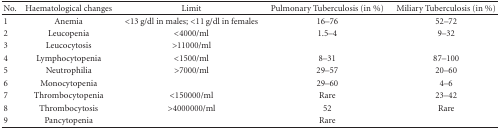
<table><thead><tr><td><b>No.</b></td><td><b>Haematological changes</b></td><td><b>Limit</b></td><td><b>Pulmonary Tuberculosis (in %)</b></td><td><b>Miliary Tuberculosis (in %)</b></td></tr></thead><tbody><tr><td>1</td><td>Anemia</td><td>&lt;13 g/dl in males; &lt;11 g/dl in females</td><td>16–76</td><td>52–72</td></tr><tr><td>2</td><td>Leucopenia</td><td>&lt;4000/ml</td><td>1.5–4</td><td>9–32</td></tr><tr><td>3</td><td>Leucocytosis</td><td>&gt;11000/ml</td><td></td><td></td></tr><tr><td>4</td><td>Lymphocytopenia</td><td>&lt;1500/ml</td><td>8–31</td><td>87–100</td></tr><tr><td>5</td><td>Neutrophilia</td><td>&gt;7000/ml</td><td>29–57</td><td>20–60</td></tr><tr><td>6</td><td>Monocytopenia</td><td></td><td>29–60</td><td>4–6</td></tr><tr><td>7</td><td>Thrombocytopenia</td><td>&lt;150000/ml</td><td>Rare</td><td>23–42</td></tr><tr><td>8</td><td>Thrombocytosis</td><td>&gt;4000000/ml</td><td>52</td><td>Rare</td></tr><tr><td>9</td><td>Pancytopenia</td><td></td><td>Rare</td><td></td></tr></tbody></table>